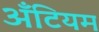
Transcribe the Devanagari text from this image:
अँटियम